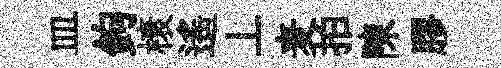
皿鉤榱遥丄麦拍陳膠